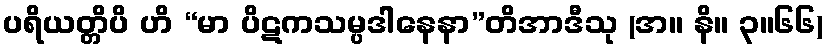
ပရိယတ္တိပိ ဟိ “မာ ပိဋကသမ္ပဒါနေနာ”တိအာဒီသု (အ။ နိ။ ၃။၆၆)